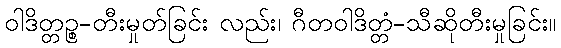
ဝါဒိတ္တဉ္စ-တီးမှုတ်ခြင်း လည်း၊ ဂီတဝါဒိတ္တံ-သီဆိုတီးမှုခြင်း။